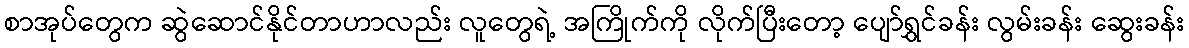
စာအုပ်တွေက ဆွဲဆောင်နိုင်တာဟာလည်း လူတွေရဲ့ အကြိုက်ကို လိုက်ပြီးတော့ ပျော်ရွှင်ခန်း လွမ်းခန်း ဆွေးခန်း